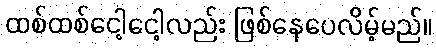
ထစ်ထစ်ငေါ့ငေါ့လည်း ဖြစ်နေပေလိမ့်မည်။